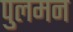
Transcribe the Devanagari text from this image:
पुलमन